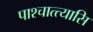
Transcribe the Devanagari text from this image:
पाश्चात्त्यासि